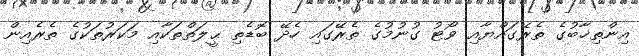
އިންތިޚާބުގެ ތެރޭގައްޔާއި ވޯޓު ގުނުމުގެ ތެރޭގައި ހެދޭ ބޮޑެތި ޙީލަތްތަކާއި މަކަރުތަކުގެ ތެރެއިން